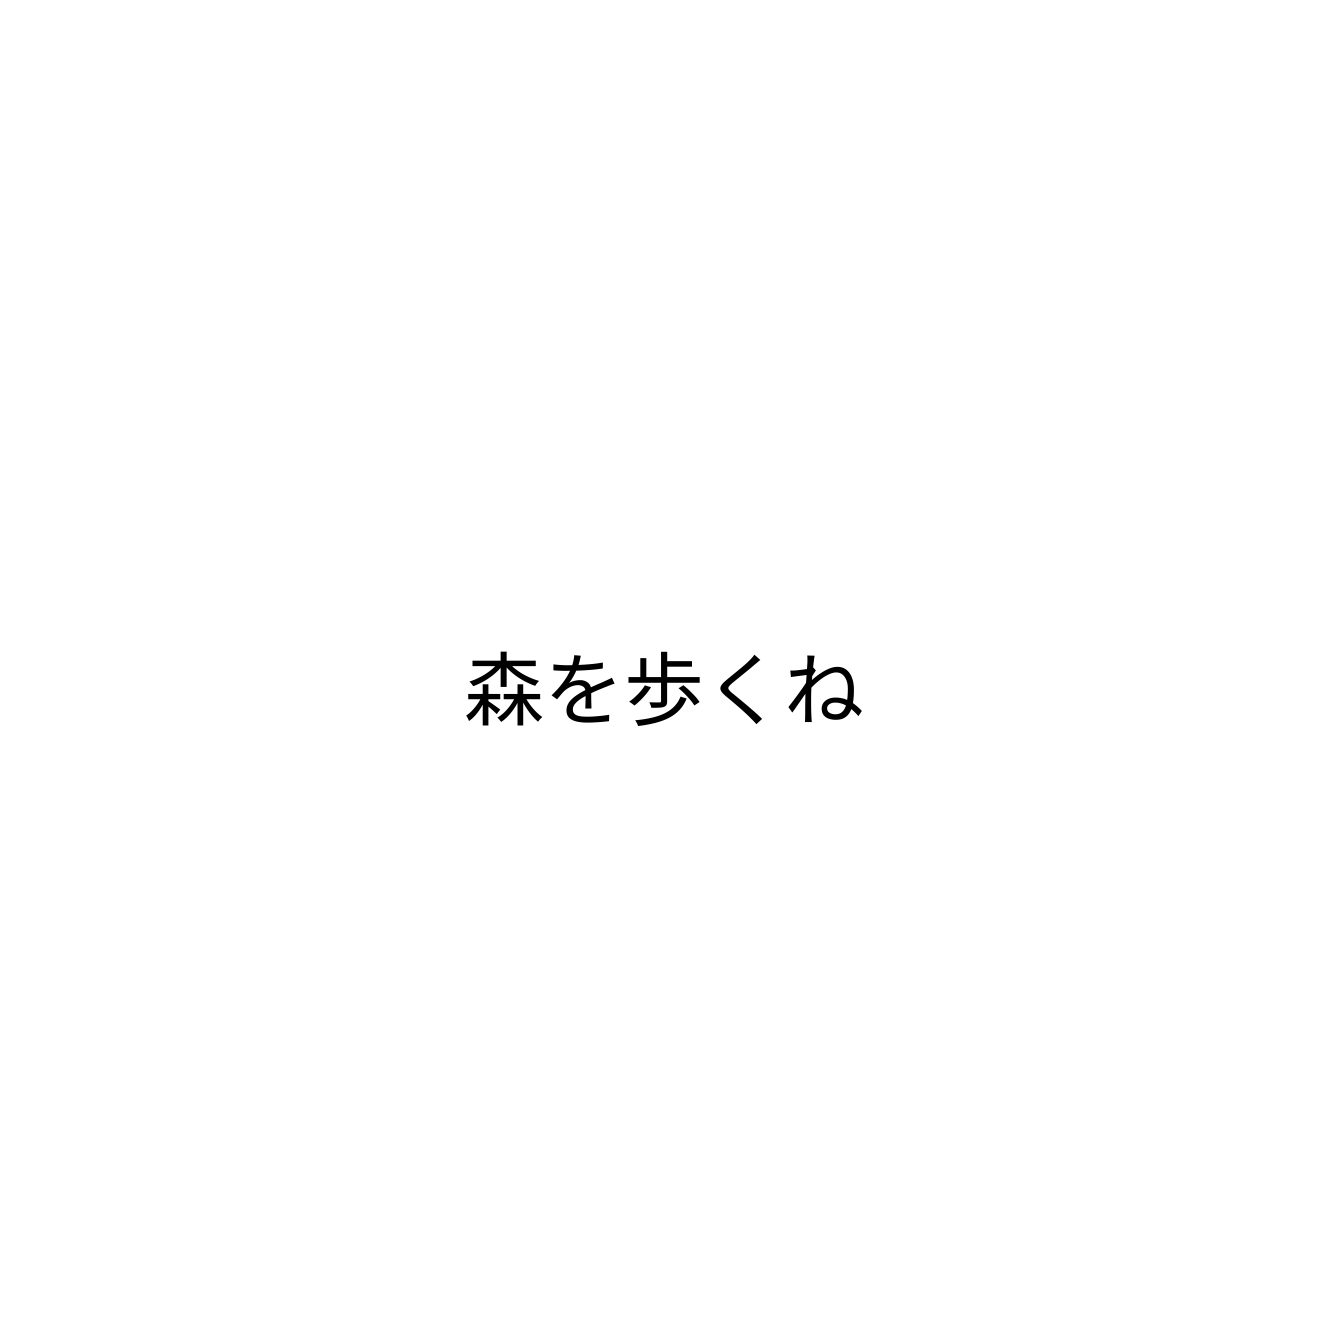
森を歩くね